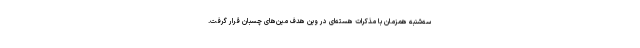
سه‌شنبه همزمان با مذکرات هسته‌ای در وین هدف مین‌های چسبان قرار گرفت.